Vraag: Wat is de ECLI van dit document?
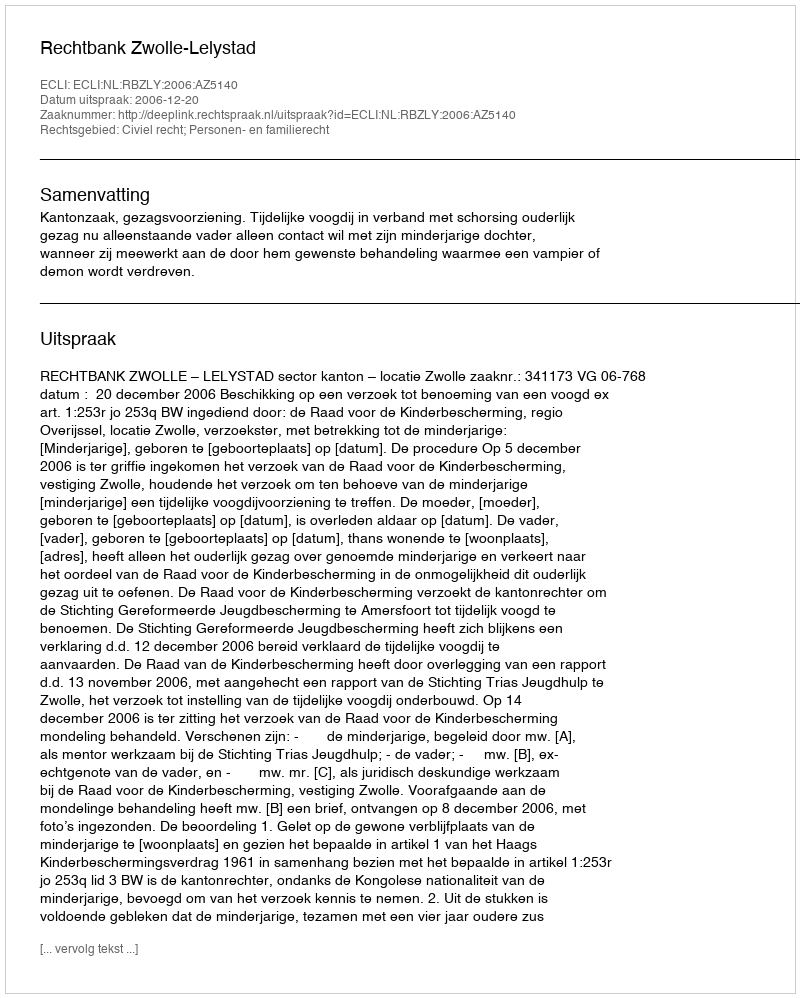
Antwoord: ECLI:NL:RBZLY:2006:AZ5140